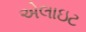
એલાઇટ